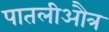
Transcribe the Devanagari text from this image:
पातलीऔत्र